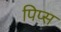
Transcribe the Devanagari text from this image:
पिप्स